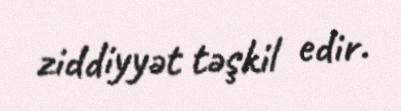
ziddiyyət təşkil edir.